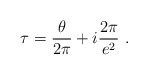
\begin{align*}\tau = \frac{\theta}{2\pi} + i \frac{2\pi}{e^2}\ .\end{align*}